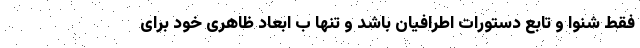
فقط شنوا و تابع دستورات اطرافیان باشد و تنها ب ابعاد ظاهری خود برای